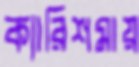
ক্যারিশমায়